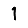
Digit: 1